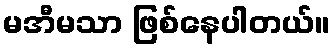
မအီမသာ ဖြစ်နေပါတယ်။